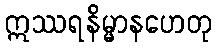
ဣဿရနိမ္မာနဟေတု